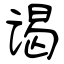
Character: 谒